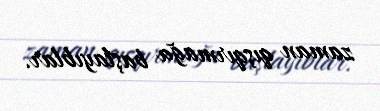
zaman qışqırmağa başlayıblar.